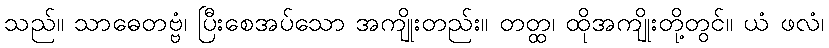
သည်။ သာဓေတဗ္ဗံ၊ ပြီးစေအပ်သော အကျိုးတည်း။ တတ္ထ၊ ထိုအကျိုးတို့တွင်။ ယံ ဖလံ၊